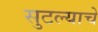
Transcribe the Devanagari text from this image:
सुटल्याचे